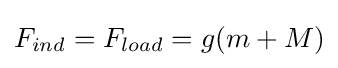
F_{ind}=F_{load}=g(m+M)